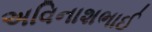
અવિનાશભાઈ